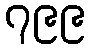
၇၉၉